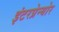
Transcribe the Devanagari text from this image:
इंटरप्रेन्योर